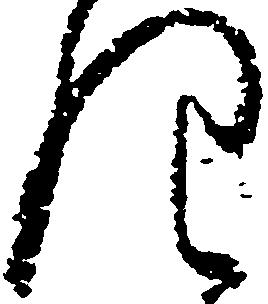
仰